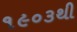
૧૯૦૩થી